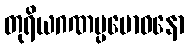
တုရိယဂဏပ္ပဗောဓနော